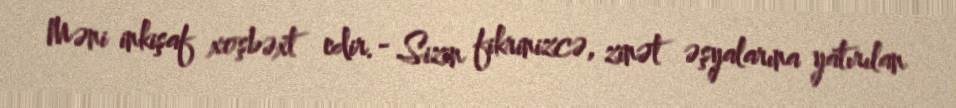
Məni inkişaf xoşbəxt edir.- Sizin fikrinizcə, zinət əşyalarına yatırılan